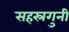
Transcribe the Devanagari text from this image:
सहस्रगुनी